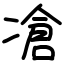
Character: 凔